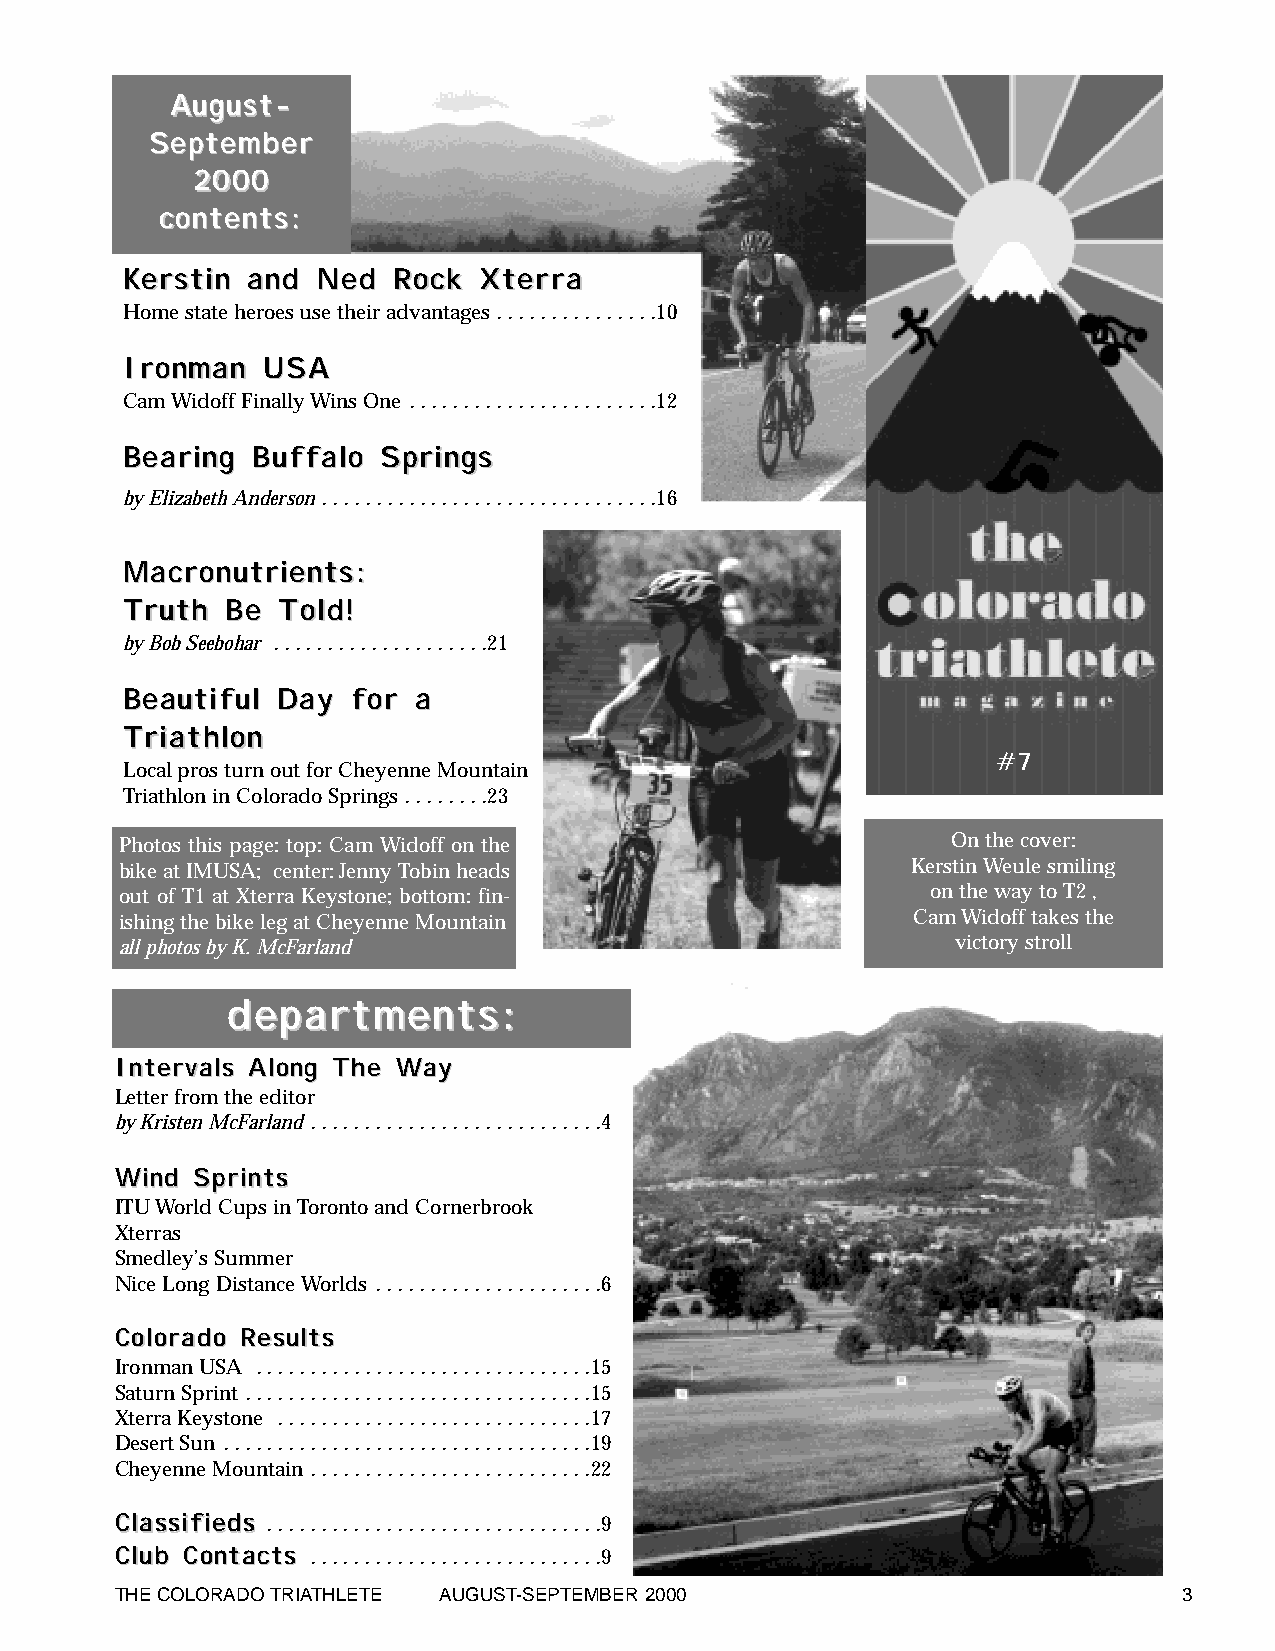
AAuugguusstt--
 SSeepptteemmbbeerr
 22000000
 ccoonntteennttss::
 KKeerrssttiinn aanndd NNeedd RRoocckk XXtteerrrraa
 Home state heroes use their advantages . . . . . . . . . . . . . . .10
 IIrroonnmmaann UUSSAA
 Cam Widoff Finally Wins One . . . . . . . . . . . . . . . . . . . . . . .12
 BBeeaarriinngg BBuuffffaalloo SSpprriinnggss
 by Elizabeth Anderson . . . . . . . . . . . . . . . . . . . . . . . . . . . . . . .16
 MMaaccrroonnuuttrriieennttss::
 TTrruutthh BBee TToolldd!!
 by Bob Seebohar . . . . . . . . . . . . . . . . . . . .21
 BBeeaauuttiiffuull DDaayy ffoorr aa
 TTrriiaatthhlloonn
 #7
 Local pros turn out for Cheyenne Mountain
 Triathlon in Colorado Springs . . . . . . . .23
 Photos this page: top: Cam Widoff on the               On the cover:
 bike at IMUSA; center: Jenny Tobin heads            Kerstin Weule smiling
 out of T1 at Xterra Keystone; bottom: fin-            on the way to T2 ,
 ishing the bike leg at Cheyenne Mountain            Cam Widoff takes the
 all photos by K. McFarland                             victory stroll
 ddeeppaarrttmmeennttss::
 IInntteerrvvaallss AAlloonngg TThhee WWaayy
 Letter from the editor
 by Kristen McFarland . . . . . . . . . . . . . . . . . . . . . . . . . . .4
 WWiinndd SSpprriinnttss
 ITUWorld Cups in Toronto and Cornerbrook
 Xterras
 Smedley’s Summer
 Nice Long Distance Worlds . . . . . . . . . . . . . . . . . . . . .6
 CCoolloorraaddoo RReessuullttss
 Ironman USA . . . . . . . . . . . . . . . . . . . . . . . . . . . . . . .15
 Saturn Sprint . . . . . . . . . . . . . . . . . . . . . . . . . . . . . . . .15
 Xterra Keystone . . . . . . . . . . . . . . . . . . . . . . . . . . . . .17
 Desert Sun . . . . . . . . . . . . . . . . . . . . . . . . . . . . . . . . . .19
 Cheyenne Mountain . . . . . . . . . . . . . . . . . . . . . . . . . .22
 CCllaassssiiffiieeddss . . . . . . . . . . . . . . . . . . . . . . . . . . . . . . .9
 CClluubb CCoonnttaaccttss . . . . . . . . . . . . . . . . . . . . . . . . . . .9
 THE COLORADO TRIATHLETE AUGUST-SEPTEMBER 2000                         3